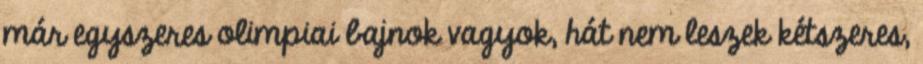
már egyszeres olimpiai bajnok vagyok, hát nem leszek kétszeres,